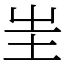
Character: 𡉚